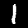
Label: 1